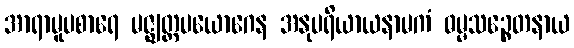
အာရာမူပစာရေ မဇ္ဈတ္တပယောဂေန အနုပရိယာယနာမကံ ဓမ္မသဉ္စေတနာယ